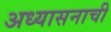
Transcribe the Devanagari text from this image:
अध्यासनाची